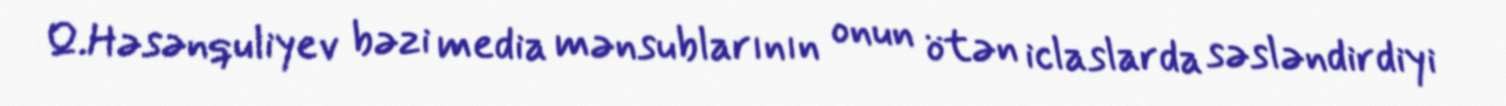
Q.Həsənquliyev bəzi media mənsublarının onun ötən iclaslarda səsləndirdiyi